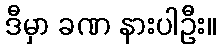
ဒီမှာ ခဏ နားပါဦး။